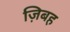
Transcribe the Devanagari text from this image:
ज़िबह